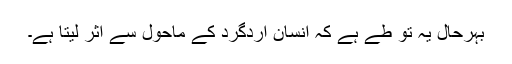
بہرحال یہ تو طے ہے کہ انسان اردگرد کے ماحول سے اثر لیتا ہے۔